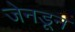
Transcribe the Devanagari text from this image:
जेनडून